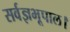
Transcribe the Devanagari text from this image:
सर्वज्ञभूपाल।